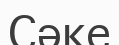
Сәке